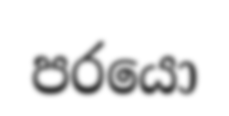
පරයො